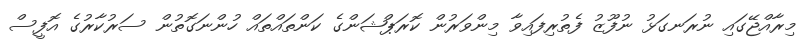
މިރާއްޖޭގައި ނުރަނގަޅު ނުފޫޒު ފެތުރިފައިވާ މިންވަރުން ކޮރަޕްޝަންގެ ކަންތައްތައް ހުންނަގޮތުން ސަރުކާރުގެ އޮފީސް